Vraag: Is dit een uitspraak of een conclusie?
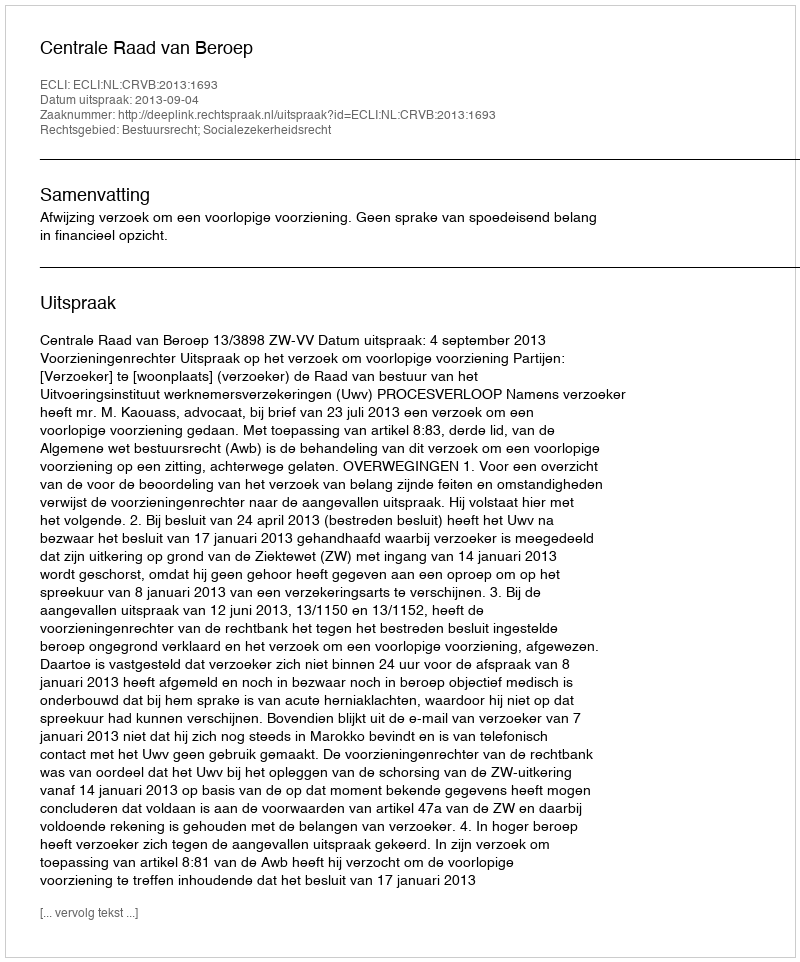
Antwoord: Uitspraak